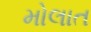
મોલાત